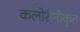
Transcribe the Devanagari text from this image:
कलोरीनीकृत